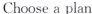
Choose a plan